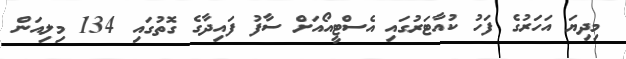
މިދިޔަ އަހަރުގެ ފަހު ކުއާޓަރުގައި އެސްޓީއޯއަށް ސާފު ފައިދާގެ ގޮތުގައި 134 މިލިއަން